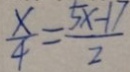
\frac { x } { 4 } = \frac { 5 x - 1 1 } { 2 }